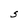
Character: S